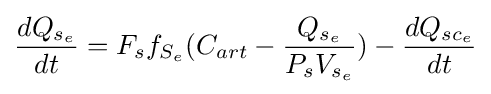
{dQ_{s_{e}} \over dt}=F_{s}f_{S_{e}}(C_{art}-{{Q_{s_{e}}} \over {P_{s}V_{s_{e}}}})-{dQ_{{sc}_{e}} \over dt}